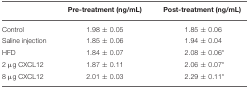
<table><thead><tr><td></td><td><b>Pre-treatment (ng/mL)</b></td><td><b>Post-treatment (ng/mL)</b></td></tr></thead><tbody><tr><td>Control</td><td>1.98 ± 0.05</td><td>1.85 ± 0.06</td></tr><tr><td>Saline injection</td><td>1.85 ± 0.06</td><td>1.94 ± 0.04</td></tr><tr><td>HFD</td><td>1.84 ± 0.07</td><td>2.08 ± 0.06<sup>*</sup></td></tr><tr><td>2 μg CXCL12</td><td>1.87 ± 0.11</td><td>2.06 ± 0.07<sup>*</sup></td></tr><tr><td>8 μg CXCL12</td><td>2.01 ± 0.03</td><td>2.29 ± 0.11<sup>*</sup></td></tr></tbody></table>